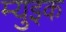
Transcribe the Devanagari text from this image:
म्युइक